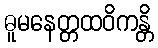
ဓူမနေတ္တထဝိကန္တိ